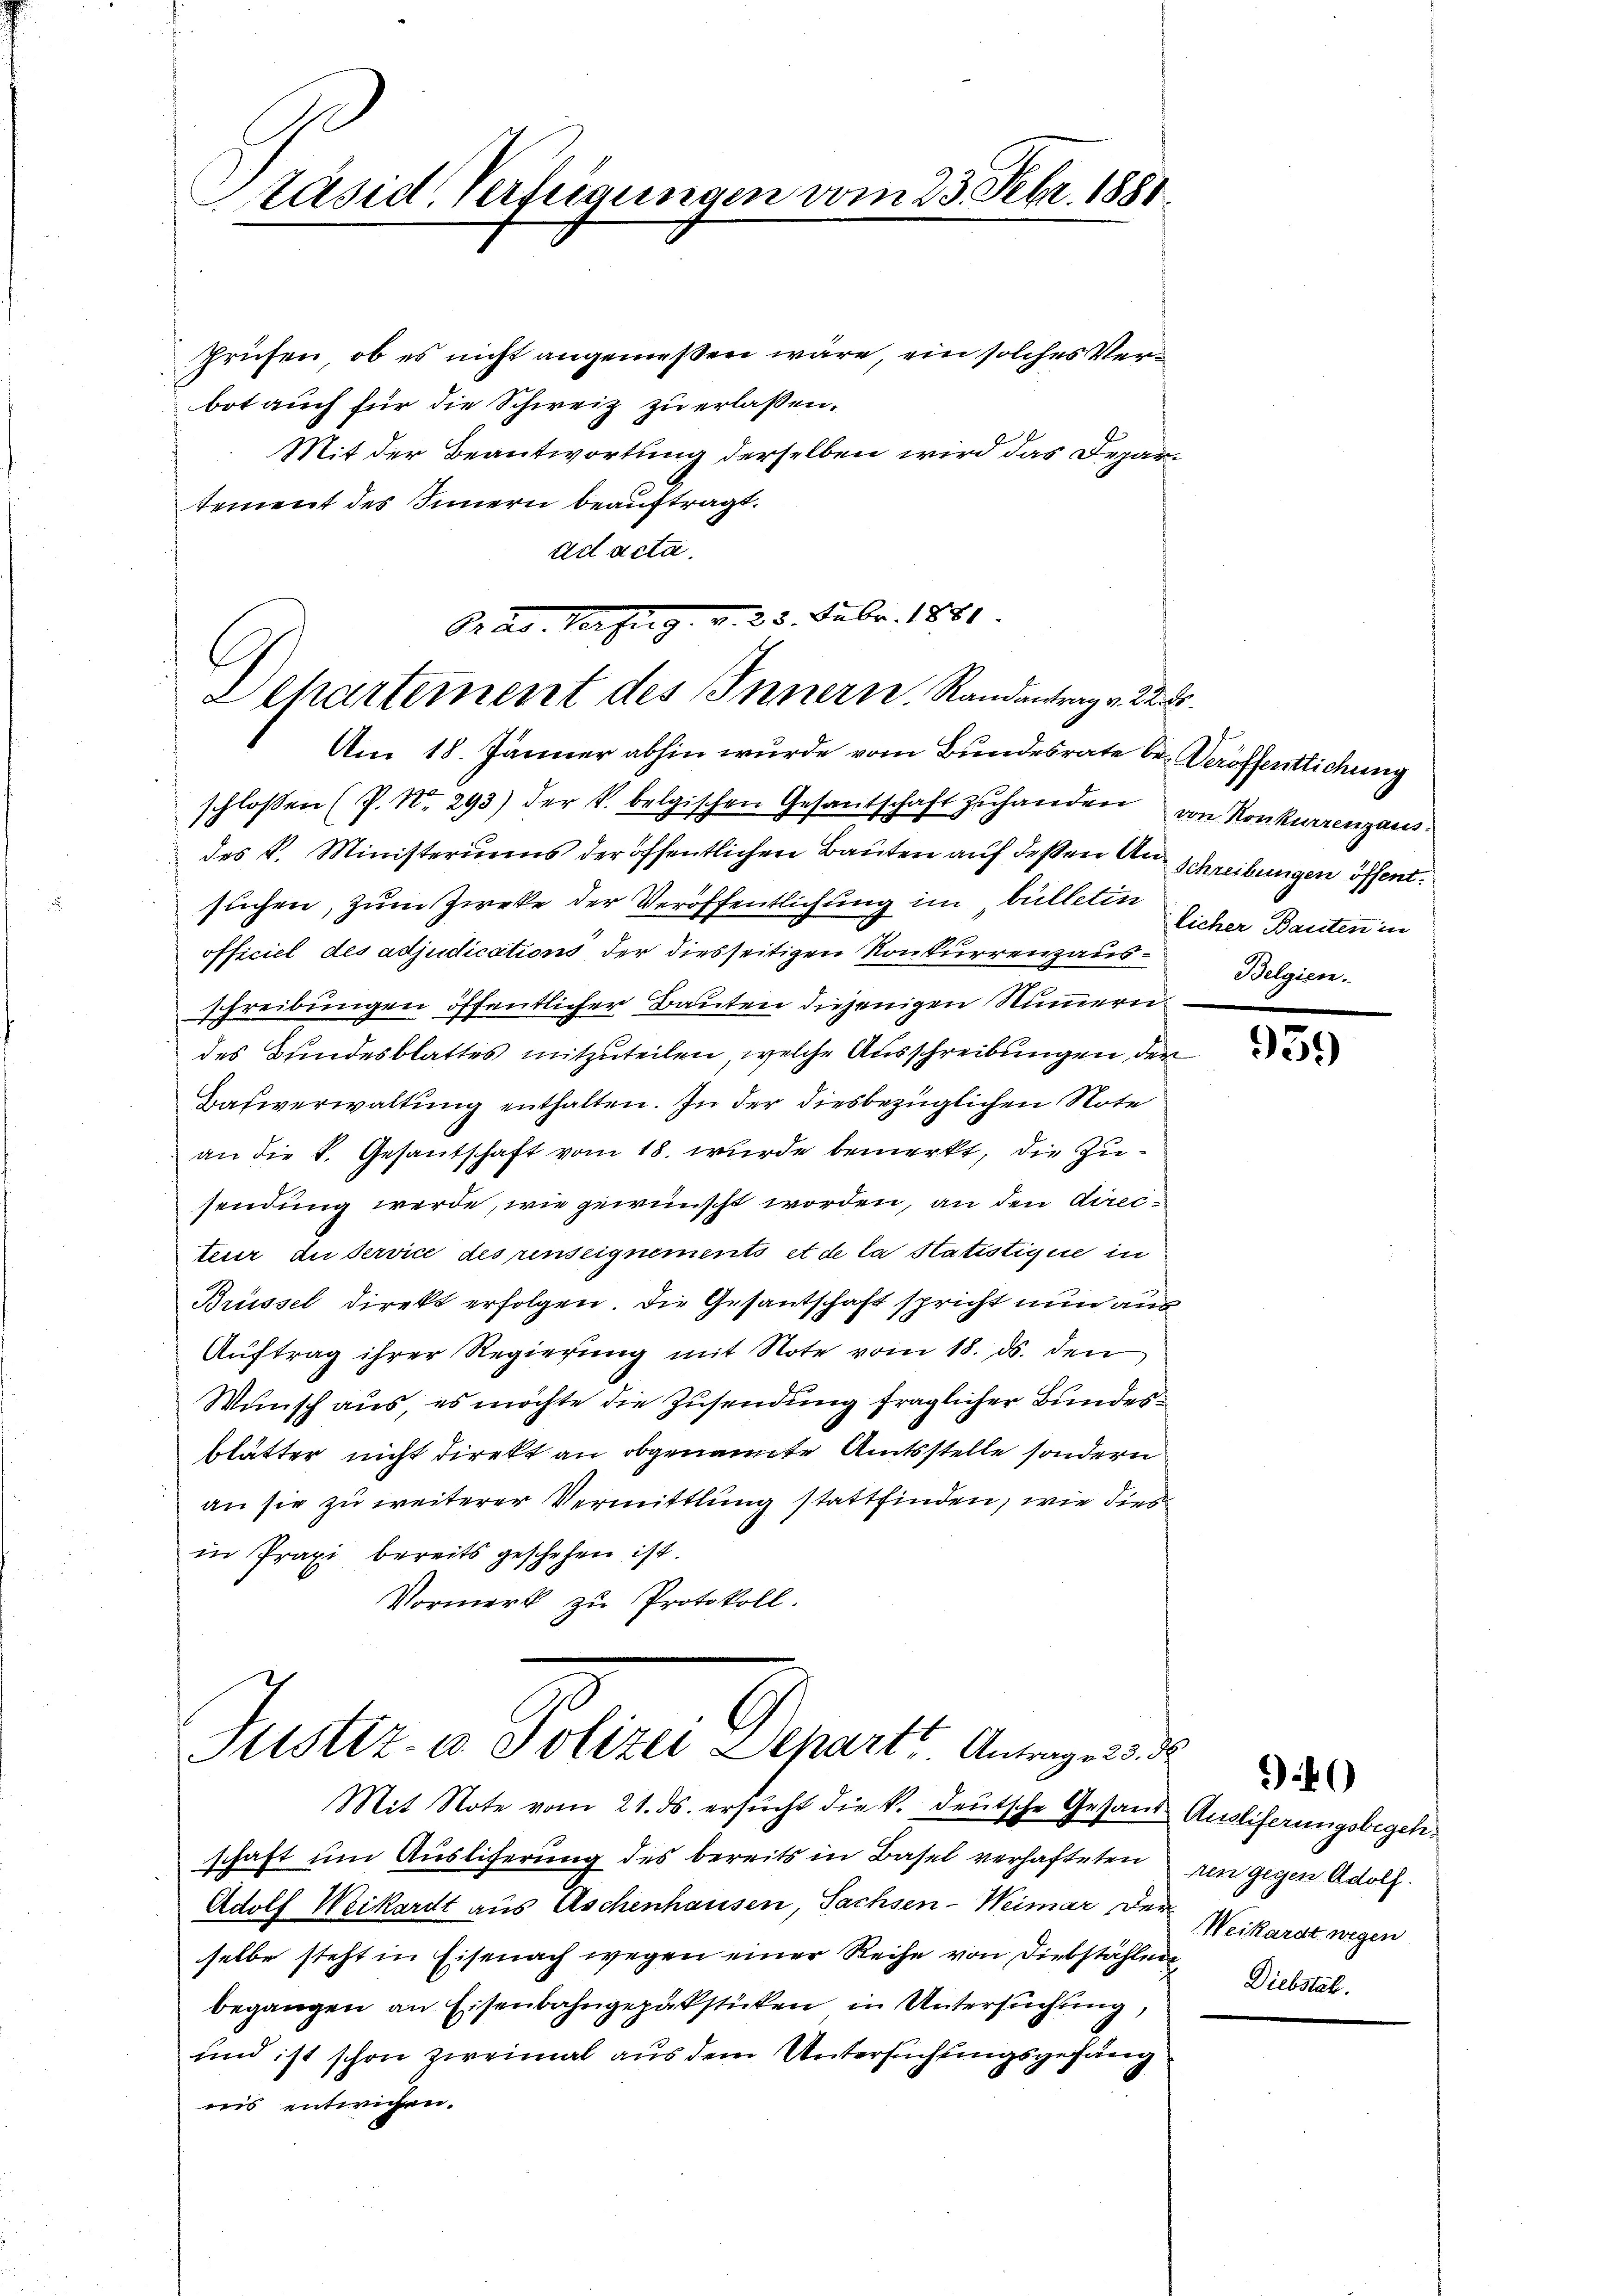
Präsid. Verfügungen vom 23. Febr. 1881

Prüfen, ob es nicht angemeßen wäre, ein solches Verbot auch für die Schweiz zu erlassen.
Mit der Beantwortung derselben wird das Departement des Innern beauftragt.
ad acta.

Grad. Vorzug. v. 25. Febr. 1881.
Dehartement des Innern. Randantrag v. 22. 3.
Am 18. Jänner abhin wurde vom Bundesrate be- Veröffentlichung

des V. Ministeriums der öffentlichen Bauten auf deßen Anschreibungen öffentsuchen, zum Zwecke der Veröffentlichung im bülleten Sicher Bauten in
officiel des adjudications, der diesseitigen Konkurrenzausschreibungen öffentlicher Bauten diejenigen Nummeren
des Bundesblattes mitzuteilen, welche Ausschreibungen, der
Basverwaltung enthalten. In der diesbezüglichen Note
an die k. Gesantschaft vom 18. wurde bemerkt, die Zusendung werde, wie gewünscht worden, an den directeur au service des renseignements et de la Statistique in
Brüssel direkt erfolgen, die Gesantschaft spricht nun aus
Auftrag ihrer Regierung mit Note vom 18. ds. den
Wunsch aus, es möchte die Zusendung fraglicher Bundesblätter nicht direkt an obgenannte Amtsstelle sondern
an sie zu weiterer Vermittlung stattfinden, wie dies
in Praxi bereits geschehen ist.
Vormerk zu Protokoll.

schaft um Ausliferung des bereits in Basel verhafteten
Adolf Weikardt aus Aschenhausen, Sachsen-Weimar, der Weikarst wegen
selbe steht in Eisenach wegen einer Reihe von Diebstählen Diebstal.
begangen an Eisenbahngepakstücken in Untersuchung,
und ist schon zweimal aus dem Untersuchungsgefang
ins entwichen.

schloßen (P. Nr. 293) der k. belgischen Gesantschaft zŭ handen von Konkurrenzaus¬

Puster u. Potere Departe Anregung
Mit Note vom 21. ds. ersŭcht die k. deutsche Gesand Auslieferungsbegen.

Belgien.

959)

nen gegen Adolf

40